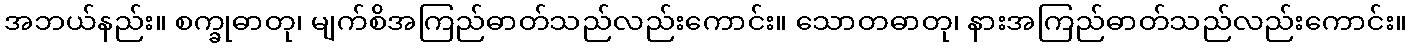
အဘယ်နည်း။ စက္ခုဓာတု၊ မျက်စိအကြည်ဓာတ်သည်လည်းကောင်း။ သောတဓာတု၊ နားအကြည်ဓာတ်သည်လည်းကောင်း။